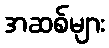
အဆစ်များ